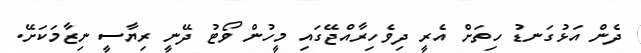
ދެން އަޅުގަނޑު ހިތަށް އެރީ ދިވެހިރާއްޖޭގައި މީހުން ވޯޓު ދޭނީ ރިޔާސީ ނިޒާމަކަށޭ.